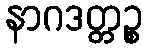
နာဂဒတ္တဉ္စ